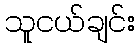
သူငယ်ချင်း